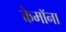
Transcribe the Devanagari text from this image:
क्रेमॉना